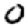
Digit: 0